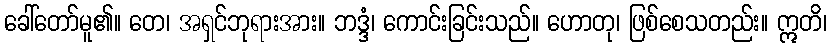
ခေါ်တော်မူ၏။ တေ၊ အရှင်ဘုရားအား။ ဘဒ္ဒံ၊ ကောင်းခြင်းသည်။ ဟောတု၊ ဖြစ်စေသတည်း။ ဣတိ၊